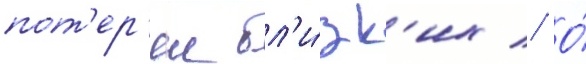
пот'ер'еи бл'и́зк'их // О́